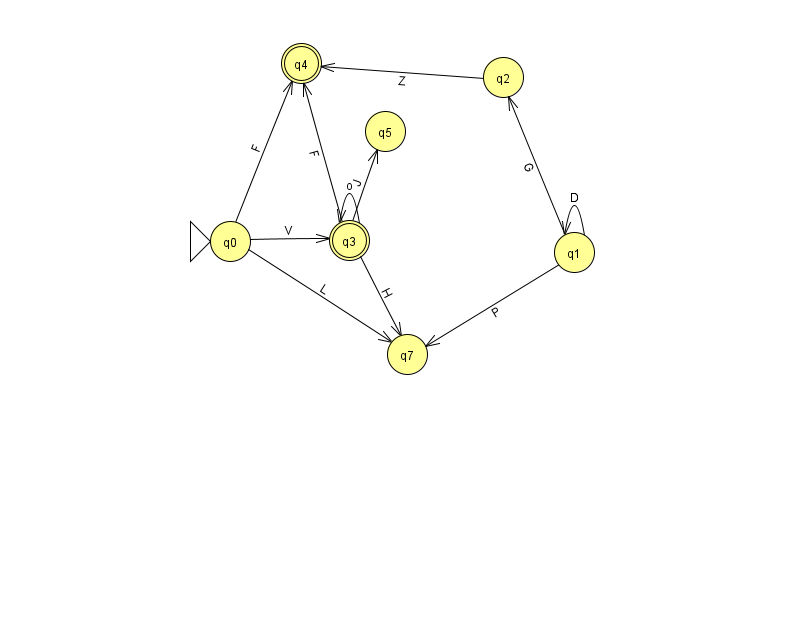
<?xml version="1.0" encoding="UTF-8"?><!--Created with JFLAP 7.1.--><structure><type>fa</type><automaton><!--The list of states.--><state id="0" name="q0"><x>230.0</x><y>228.0</y><initial/></state><state id="1" name="q1"><x>574.0</x><y>239.0</y></state><state id="2" name="q2"><x>503.0</x><y>64.0</y></state><state id="3" name="q3"><x>349.0</x><y>227.0</y><final/></state><state id="4" name="q4"><x>301.0</x><y>50.0</y><final/></state><state id="5" name="q5"><x>385.0</x><y>118.0</y></state><state id="7" name="q7"><x>407.0</x><y>341.0</y></state><!--The list of transitions.--><transition><from>2</from><to>4</to><read>Z</read></transition><transition><from>0</from><to>7</to><read>L</read></transition><transition><from>3</from><to>5</to><read>J</read></transition><transition><from>1</from><to>1</to><read>D</read></transition><transition><from>1</from><to>2</to><read>G</read></transition><transition><from>3</from><to>4</to><read>F</read></transition><transition><from>0</from><to>3</to><read>V</read></transition><transition><from>0</from><to>4</to><read>F</read></transition><transition><from>3</from><to>7</to><read>H</read></transition><transition><from>1</from><to>7</to><read>P</read></transition><transition><from>3</from><to>3</to><read>o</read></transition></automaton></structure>